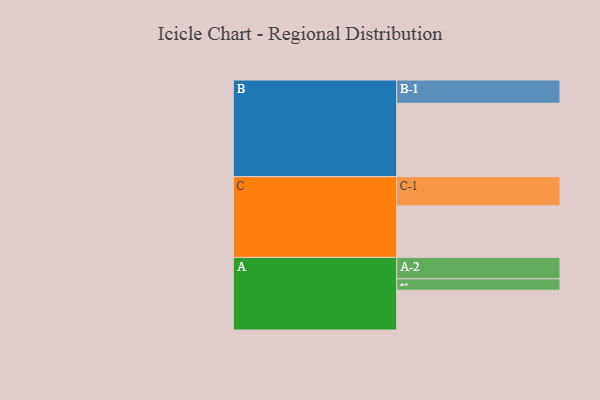
{"axis": {"x": "Segment", "y": "Value"}, "legend": ["", "A", "B", "C"], "data": [{"x": "A", "y": 307, "type": ""}, {"x": "B", "y": 566, "type": ""}, {"x": "C", "y": 398, "type": ""}, {"x": "A-1", "y": 88, "type": "A"}, {"x": "A-2", "y": 165, "type": "A"}, {"x": "B-1", "y": 180, "type": "B"}, {"x": "C-1", "y": 225, "type": "C"}]}